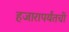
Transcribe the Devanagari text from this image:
हजारापर्यंतची